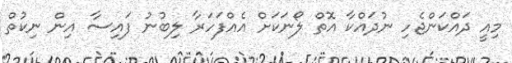
މިއީ ދައްކަންޖެހި ނުދައްކާ އޮތް ލޯނަކަށް އެއްފަހަރާ ލިބުނު ފައިސާ އިން ނިކުތް